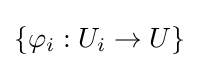
\{\varphi _{i}:U_{i}\to U\}